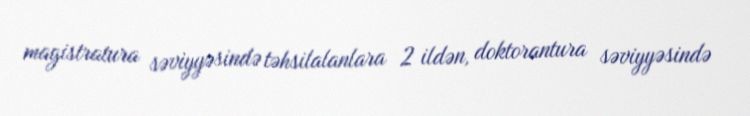
magistratura səviyyəsində təhsilalanlara 2 ildən, doktorantura səviyyəsində